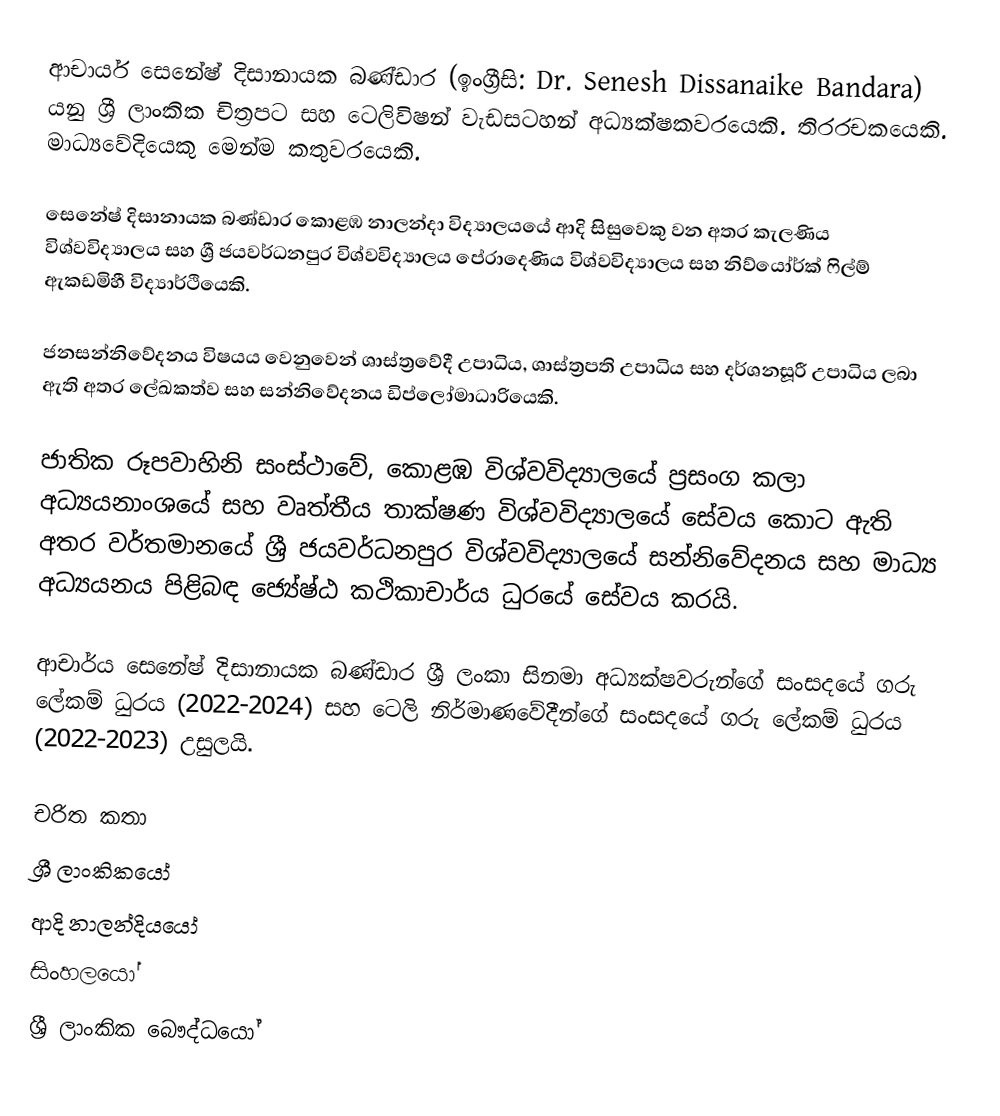
ආචාර්ය සෙනේෂ් දිසානායක බණ්ඩාර (ඉංග්‍රීසි: Dr. Senesh Dissanaike Bandara) යනු ශ්‍රී ලාංකික චිත්‍රපට සහ ටෙලිවිෂන් වැඩසටහන් අධ්‍යක්ෂකවරයෙකි. තිරරචකයෙකි. මාධ්‍යවේදියෙකු මෙන්ම කතුවරයෙකි.

සෙනේෂ් දිසානායක බණ්ඩාර  කොළඹ නාලන්දා විද්‍යාලයයේ ආදි සිසුවෙකු වන අතර කැලණිය විශ්වවිද්‍යාලය සහ ශ්‍රී ජයවර්ධනපුර විශ්වවිද්‍යාලය පේරාදෙණිය විශ්වවිද්‍යාලය සහ නිව්යෝර්ක් ෆිල්ම් ඇකඩමිහී විද්‍යාර්ථියෙකි.

ජනසන්නිවේදනය විෂයය වෙනුවෙන් ශාස්ත්‍රවේදී උපාධිය, ශාස්ත්‍රපති උපාධිය සහ දර්ශනසූරී උපාධිය ලබා ඇති අතර ලේඛකත්ව සහ සන්නිවේදනය ඩිප්ලෝමාධාරියෙකි.

ජාතික රූපවාහිනි සංස්ථාවේ, කොළඹ විශ්වවිද්‍යාලයේ ප්‍රසංග කලා අධ්‍යයනාංශයේ සහ වෘත්තීය තාක්ෂණ විශ්වවිද්‍යාලයේ සේවය කොට ඇති අතර වර්තමානයේ ශ්‍රී ජයවර්ධනපුර විශ්වවිද්‍යාලයේ සන්නිවේදනය සහ මාධ්‍ය අධ්‍යයනය පිළිබඳ ජ්‍යේෂ්ඨ කථිකාචාර්ය ධුරයේ සේවය කරයි.

ආචාර්ය සෙනේෂ් දිසානායක බණ්ඩාර ශ්‍රී ලංකා සිනමා අධ්‍යක්ෂවරුන්ගේ සංසදයේ ගරු ලේකම් ධුරය (2022-2024) සහ ටෙලි නිර්මාණවේදීන්ගේ සංසදයේ ගරු ලේකම් ධුරය (2022-2023) උසුලයි.

චරිත කතා
ශ්‍රී ලාංකිකයෝ
ආදි නාලන්දියයෝ
සිංහලයෝ
ශ්‍රී ලාංකික බෞද්ධයෝ